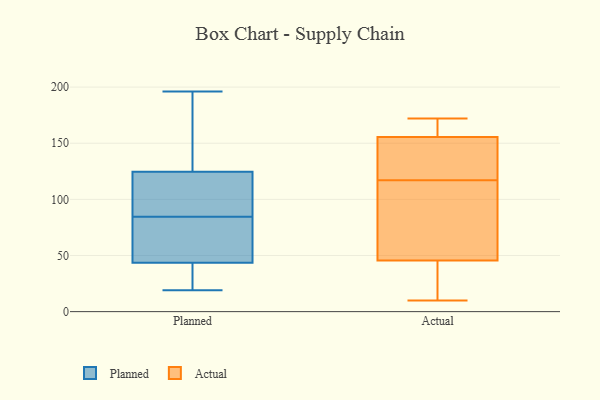
{"axis": {"x": "Revenue (USD Million)", "y": "Value"}, "legend": ["Actual", "Planned"], "data": [{"x": "", "y": 29, "type": "Planned"}, {"x": "", "y": 95, "type": "Planned"}, {"x": "", "y": 196, "type": "Planned"}, {"x": "", "y": 19, "type": "Planned"}, {"x": "", "y": 120, "type": "Planned"}, {"x": "", "y": 52, "type": "Planned"}, {"x": "", "y": 194, "type": "Planned"}, {"x": "", "y": 80, "type": "Planned"}, {"x": "", "y": 90, "type": "Planned"}, {"x": "", "y": 39, "type": "Planned"}, {"x": "", "y": 89, "type": "Planned"}, {"x": "", "y": 47, "type": "Planned"}, {"x": "", "y": 53, "type": "Planned"}, {"x": "", "y": 129, "type": "Planned"}, {"x": "", "y": 40, "type": "Planned"}, {"x": "", "y": 163, "type": "Planned"}, {"x": "", "y": 157, "type": "Actual"}, {"x": "", "y": 117, "type": "Actual"}, {"x": "", "y": 172, "type": "Actual"}, {"x": "", "y": 22, "type": "Actual"}, {"x": "", "y": 122, "type": "Actual"}, {"x": "", "y": 61, "type": "Actual"}, {"x": "", "y": 129, "type": "Actual"}, {"x": "", "y": 165, "type": "Actual"}, {"x": "", "y": 51, "type": "Actual"}, {"x": "", "y": 10, "type": "Actual"}, {"x": "", "y": 155, "type": "Actual"}, {"x": "", "y": 76, "type": "Actual"}, {"x": "", "y": 29, "type": "Actual"}]}